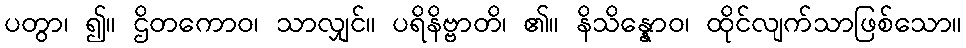
ပတွာ၊ ၍။ ဌိတကောဝ၊ သာလျှင်။ ပရိနိဗ္ဗာတိ၊ ၏။ နိသိန္နောဝ၊ ထိုင်လျက်သာဖြစ်သော။